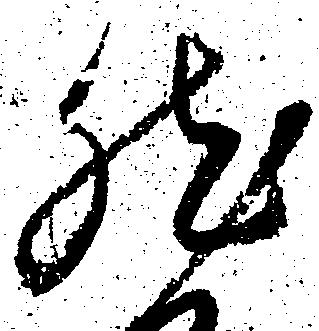
然